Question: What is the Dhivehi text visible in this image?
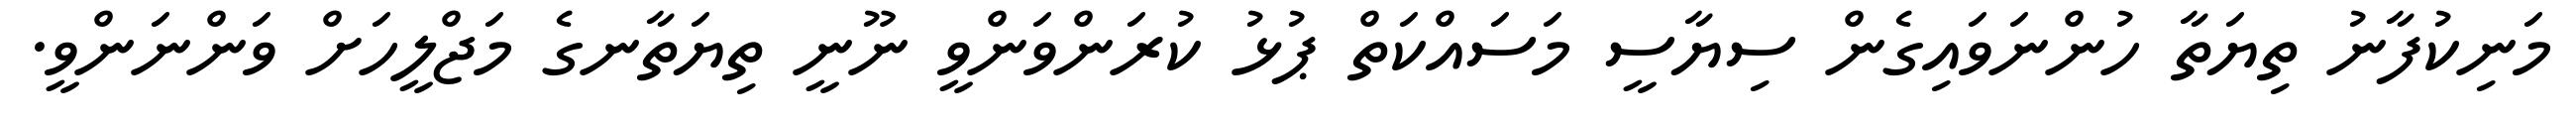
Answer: މަނިކުފާނު ތިޔަތާ ހުންނަވައިގެން ސިޔާސީ މަސައްކަތް ޕުޅު ކުރަންވަންވީ ނޫނީ ތިޔަތާނގެ މަޖްލީހަށް ވަންނަންވީ.